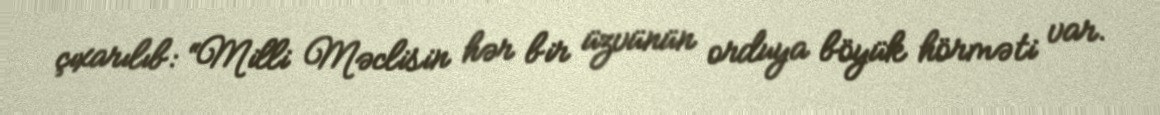
çıxarılıb: “Milli Məclisin hər bir üzvünün orduya böyük hörməti var.